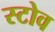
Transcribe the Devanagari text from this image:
स्‍टोव